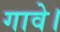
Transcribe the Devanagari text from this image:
गावे।